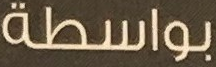
بواسطة